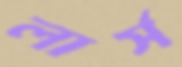
লার্স